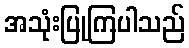
အသုံးပြုကြပါသည်